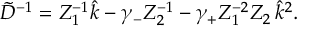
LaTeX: \tilde { D } ^ { - 1 } = Z _ { 1 } ^ { - 1 } \hat { k } - \gamma _ { - } Z _ { 2 } ^ { - 1 } - \gamma _ { + } Z _ { 1 } ^ { - 2 } Z _ { 2 } \, \hat { k } ^ { 2 } .